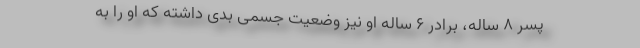
پسر ۸ ساله، برادر ۶ ساله او نیز وضعیت جسمی بدی داشته که او را به